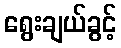
ရွေးချယ်ခွင့်